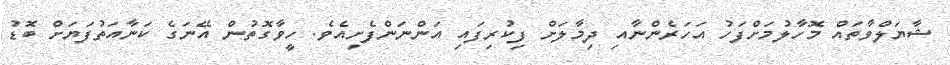
ޝާޔަލްވާތައް މޮހާލުމަށްފަހު އަހަރެންނާއި ދިމާލަށް ފިކުރިފައި އަންނަންފެށިއެވެ. ހީވާގޮތުުން އޭނަގެ ކަނާއަތުފަޔަށް ބޮޑު